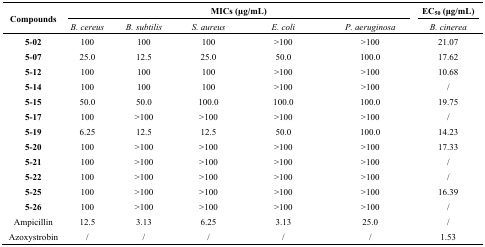
<table><thead><tr><td rowspan="3"><b>Compounds</b></td><td colspan="5"><b>MICs (μg/mL)</b></td><td><b>EC<sub>50</sub> (μg/mL)</b></td></tr><tr><td><b><i>B. cereus</i></b></td><td><b><i>B. subtilis</i></b></td><td><b><i>S. aureus</i></b></td><td><b><i>E. coli</i></b></td><td><b><i>P. aeruginosa</i></b></td><td><b><i>B. cinerea</i></b></td></tr></thead><tbody><tr><td><b>5-02</b></td><td>100</td><td>100</td><td>100</td><td>&gt;100</td><td>&gt;100</td><td>21.07</td></tr><tr><td><b>5-07</b></td><td>25.0</td><td>12.5</td><td>25.0</td><td>50.0</td><td>100.0</td><td>17.62</td></tr><tr><td><b>5-12</b></td><td>100</td><td>100</td><td>100</td><td>&gt;100</td><td>&gt;100</td><td>10.68</td></tr><tr><td><b>5-14</b></td><td>100</td><td>100</td><td>100</td><td>&gt;100</td><td>&gt;100</td><td>/</td></tr><tr><td><b>5-15</b></td><td>50.0</td><td>50.0</td><td>100.0</td><td>100.0</td><td>100.0</td><td>19.75</td></tr><tr><td><b>5-17</b></td><td>100</td><td>&gt;100</td><td>&gt;100</td><td>&gt;100</td><td>&gt;100</td><td>/</td></tr><tr><td><b>5-19</b></td><td>6.25</td><td>12.5</td><td>12.5</td><td>50.0</td><td>100.0</td><td>14.23</td></tr><tr><td><b>5-20</b></td><td>100</td><td>&gt;100</td><td>&gt;100</td><td>&gt;100</td><td>&gt;100</td><td>17.33</td></tr><tr><td><b>5-21</b></td><td>100</td><td>&gt;100</td><td>&gt;100</td><td>&gt;100</td><td>&gt;100</td><td>/</td></tr><tr><td><b>5-22</b></td><td>100</td><td>&gt;100</td><td>&gt;100</td><td>&gt;100</td><td>&gt;100</td><td>/</td></tr><tr><td><b>5-25</b></td><td>100</td><td>&gt;100</td><td>&gt;100</td><td>&gt;100</td><td>&gt;100</td><td>16.39</td></tr><tr><td><b>5-26</b></td><td>100</td><td>&gt;100</td><td>&gt;100</td><td>&gt;100</td><td>&gt;100</td><td>/</td></tr><tr><td>Ampicillin</td><td>12.5</td><td>3.13</td><td>6.25</td><td>3.13</td><td>25.0</td><td>/</td></tr><tr><td>Azoxystrobin</td><td>/</td><td>/</td><td>/</td><td>/</td><td>/</td><td>1.53</td></tr></tbody></table>